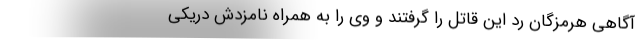
آگاهی هرمزگان رد این قاتل را گرفتند و وی را به همراه نامزدش دریکی